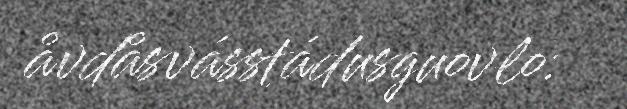
åvdåsvásstádusguovlo: